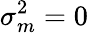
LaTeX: \sigma_{m}^{2}=0